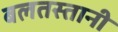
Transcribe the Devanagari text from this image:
बलतस्तानी